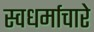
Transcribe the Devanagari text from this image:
स्वधर्माचारे